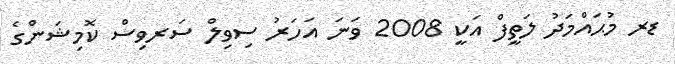
ޑރ މުޙައްމަދު ލަތީފް އަކީ 2008 ވަނަ އަހަރު ސިވިލް ސަރވިސް ކޮމިޝަންގެ